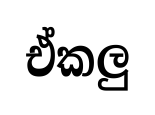
ඒකලු